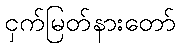
ငှက်မြတ်နားတော်